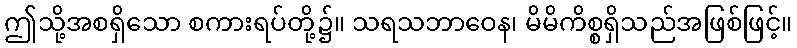
ဤသို့အစရှိသော စကားရပ်တို့၌။ သရသဘာဝေန၊ မိမိကိစ္စရှိသည်အဖြစ်ဖြင့်။